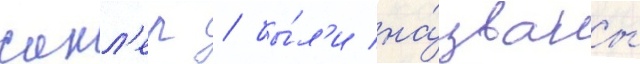
сакл'ер / бы́л'и на́званы